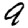
Digit: 9